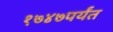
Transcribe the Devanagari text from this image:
१७४७पर्यंत